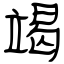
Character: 竭